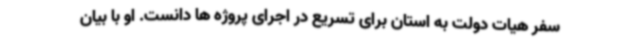
سفر هیات دولت به استان برای تسریع در اجرای پروژه ها دانست. او با بیان